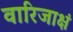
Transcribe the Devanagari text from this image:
वारिजाक्षं